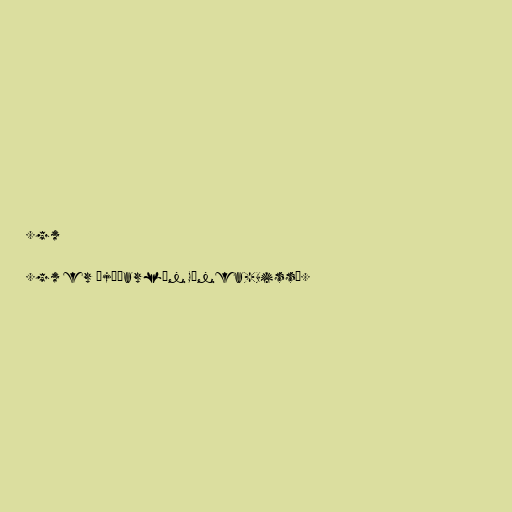
.gw

.gw er þjóðarlén Gínea-Bissá.